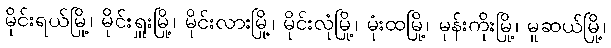
မိုင်းရယ်မြို့၊ မိုင်းရှူးမြို့၊ မိုင်းလားမြို့၊ မိုင်းလုံမြို့၊ မုံးထမြို့၊ မုန်းကိုးမြို့၊ မူဆယ်မြို့၊